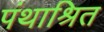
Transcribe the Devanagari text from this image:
पंथाश्रित